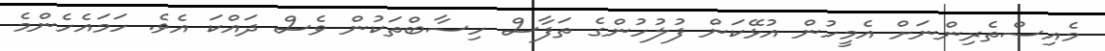
މެއިސްތެރިންނަށް އެމީހުން އުޅޭކަން ފުލުހުންގެ ތަފާސް ހިސާބްތަކުން ވެސް ދައްކަ އެވެ. ހަމައެހެންމެ